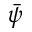
\bar { \psi }